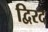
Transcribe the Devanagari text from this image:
द्विरद